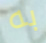
به